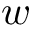
w